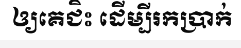
ឲ្យគេជិះ ដើម្បីរកប្រាក់